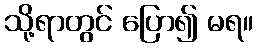
သို့ရာတွင် ပြော၍ မရ။